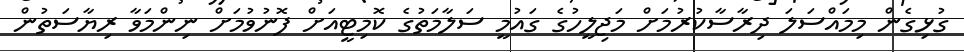
ގުޅިގެން މިމައްސަަލަ ދިރާސާކުރުމަށް މަޖިލީހުގެ ގައުމީ ސަލާމަތުގެ ކޮމިޓީއަށް ފޮނުވުމަށް ނިންމަވާ ރިޔާސަތުން